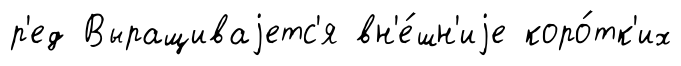
р'ед Выращиваjетс'я вн'е́шн'иjе коро́тк'их